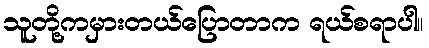
သူတို့ကမှားတယ်ပြောတာက ရယ်စရာပါ။